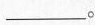
___。